Annual report of the Punjab Veterinary College and of the Civil Veterinary Department, Punjab - 1926-1932
Year: 1926
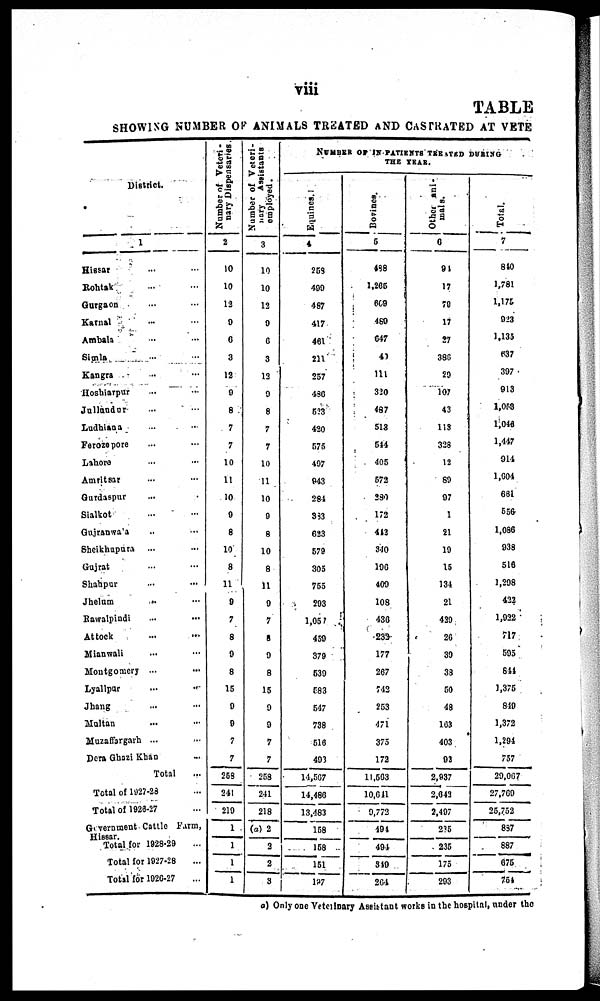
viii
TABLE
SHOWING NUMBER OF ANIMALS TREATED AND CASTRATED AT VETE
District.
1
Hissar … …
Rohtak … …
Gurgaon … …
Karnal … …
Ambala … …
Simla … …
Kangra … …
Hoshiarpur … …
Jullundur … …
Ludhiana … …
Ferozepore … …
Lahore … …
Amritsar … …
Gurdaspur … …
Sialkot … …
Gujranwala … …
Sheikhupura … …
Gujrat … …
Shahpur … …
Jhelam … …
Rawalpindi … …
Attock … …
Mianwali … …
Montgomery … …
Lyallpur
…
…
Jhang … …
Multan … …
Muzaffargarh … …
Dera Ghazi Khan ...
Total ...
Total of 1927-28 ...
Total of 1928-27 ...
Government Cattle Farm,
Total for 1928-29 ...
Total for 1927-28 ...
Total for 1926-27 ...
Number of Veteri-
nary Dispensaries
2
10
10
12
9
6
3
12
9
8
7
7
10
11
10
9
8
10
8
11
9
7
8
9
8
15
9
9
7
7
269
241
219
1
1
1
1
Number of Veteri-
nary Assistants
employed.
3
10
10
12
9
6
3
13
9
8
7
7
10
11
10
9
8
10
8
11
9
7
8
9
8
15
9
9
7
7
258
241
218
(a) 2
2
2
3
NUMBER OF IN PATIENTS TREATED DURING
Equines.
4
258
499
487
417
461
211
257
480
523
420
575
407
943
284
333
623
579
305
755
293
1,057
450
379
539
583
547
738
516
493
14,507
14,480
13,483
158
158
151
127
Bovines.
5
488
1,265
609
489
647
40
111
320
487
513
544
405
572
230
172
412
340
196
409
108
430
232
177
267
742
253
471
375
172
11,503
10,641
9,772
491
494
349
264
Other ani-
mals.
6
91
17
79
17
27
386
29
107
43
113
328
12
89
97
1
21
19
15
134
21
429
26
39
33
50
48
103
403
92
2,937
2,643
2,407
235
235
175
293
Total.
7
810
1,781
1,175
923
1,135
637
397
913
1,058
1,046
1,447
914
1,004
661
556
1,086
938
516
1,298
422
1,922
717
595
811
1,375
849
1,372
1,294
757
29,007
27,769
25,752
837
887
675
754
a) Only one Veterinary Assistant works in the hospital, under the